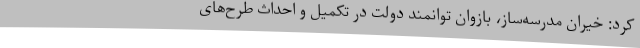
کرد: خیران مدرسه‌ساز، بازوان توانمند دولت در تکمیل و احداث طرح‌های